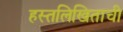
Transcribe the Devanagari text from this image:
हस्तलिखिताची